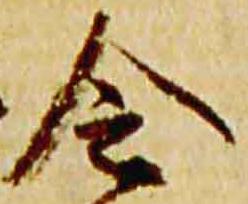
令